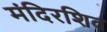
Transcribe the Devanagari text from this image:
मंदिरशिव